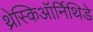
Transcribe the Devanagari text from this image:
थ्रेस्किऑर्निथिडे